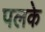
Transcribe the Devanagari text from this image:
पलके